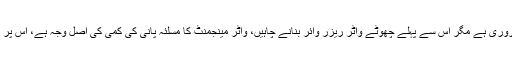
ڈیم کا بننا بھی ضروری ہے مگر اس سے پہلے چھوٹے واٹر ریزر واِئر بنانے چاہیں، واٹر مینجمنٹ کا مسلئہ پانی کی کمی کی اصل وجہ ہے، اس پر توجہ دینی چا ہیے۔